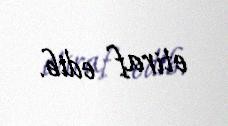
etiraf edib.